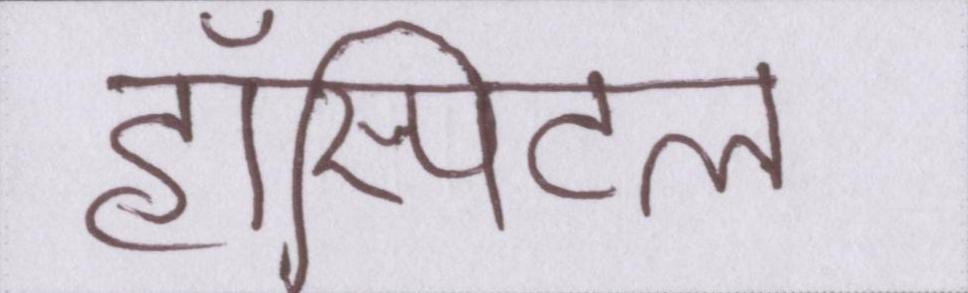
हॉस्पिटल